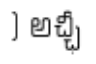
) అచ్ఛీ